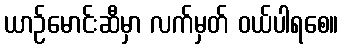
ယာဉ်မောင်းဆီမှာ လက်မှတ် ဝယ်ပါရစေ။